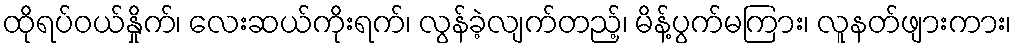
ထိုရပ်ဝယ်နှိုက်၊ လေးဆယ်ကိုးရက်၊ လွန်ခဲ့လျက်တည့်၊ မိန့်ပွက်မကြား၊ လူနတ်ဖျားကား၊